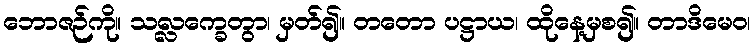
ဘောဇဉ်ကို။ သလ္လက္ခေတွာ၊ မှတ်၍။ တတော ပဋ္ဌာယ၊ ထိုနေ့မှစ၍။ တာဒိမေဝ၊